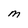
Character: M